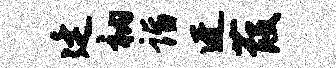
廷衲诣迓葭